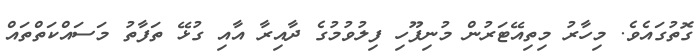
ގޮތުގައެވެ. މިހާރު މިތިއޭޓަރުން މުނިފޫހި ފިލުވުމުގެ ދާއިރާ އާއި ގުޅޭ ތަފާތު މަސައްކަތްތައް